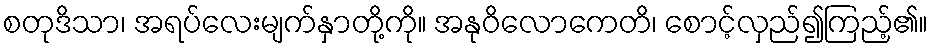
စတုဒိသာ၊ အရပ်လေးမျက်နှာတို့ကို။ အနုဝိလောကေတိ၊ စောင့်လှည်၍ကြည့်၏။